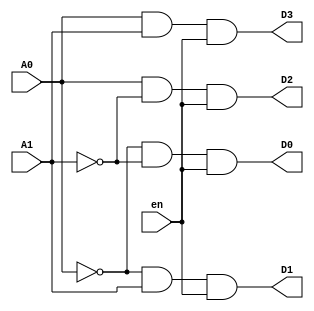
// Code your design here
`timescale 1ns / 1ps

module decoder(A1, A0, en, D3, D2, D1, D0);
  // 2:4 decoder
  input A1, A0, en;
  output D3, D2, D1, D0;
 
  assign D0 = (~A0) & (~A1) & en;
  assign D1 = (~A0) & A1 & en;
  assign D2 = A0 & (~ A1) & en;
  assign D3 = A0 & A1 & en;
endmodule